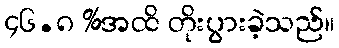
၄၆.၈ %အထိ တိုးပွားခဲ့သည်။